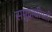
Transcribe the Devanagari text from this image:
समुद्राधीपती